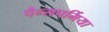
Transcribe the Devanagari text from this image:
पैन्सपर्मिया